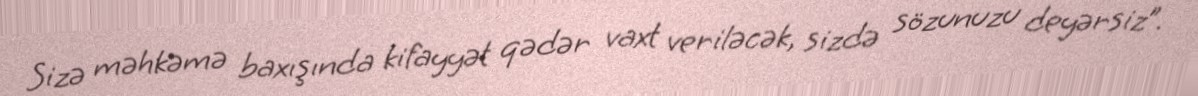
Sizə məhkəmə baxışında kifayyət qədər vaxt veriləcək, sizdə sözunuzu deyərsiz”.